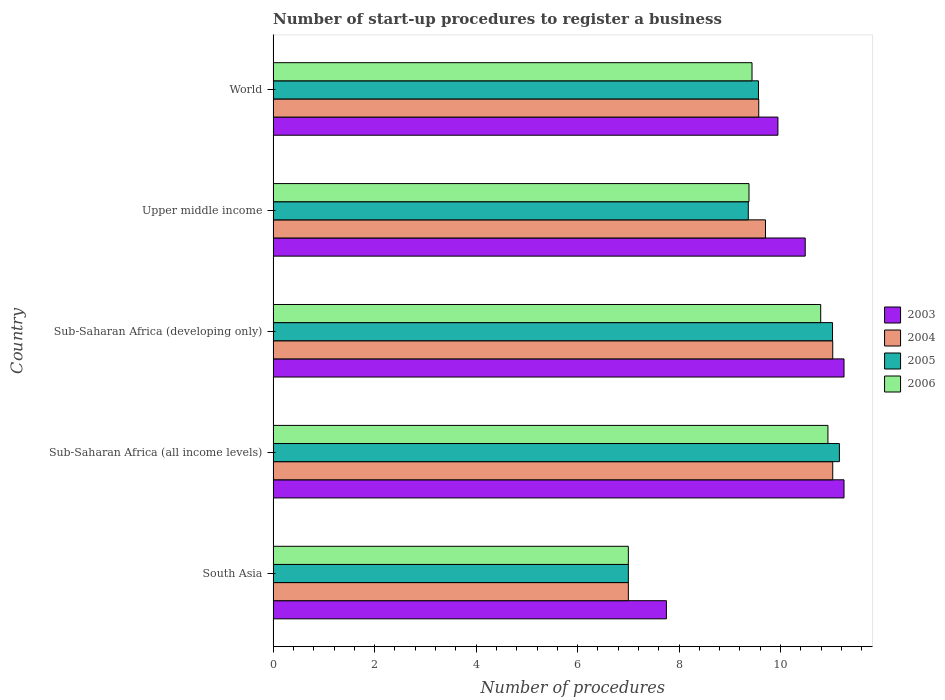
| Country | 2003 | 2004 | 2005 | 2006 |
 | --- | --- | --- | --- | --- |
 | South Asia | 7.75 | 7 | 7 | 7 |
 | Sub-Saharan Africa (all income levels) | 11.2 | 11 | 11.2 | 10.9 |
 | Sub-Saharan Africa (developing only) | 11.2 | 11 | 11 | 10.8 |
 | Upper middle income | 10.5 | 9.7 | 9.36 | 9.38 |
 | World | 9.95 | 9.57 | 9.56 | 9.44 |